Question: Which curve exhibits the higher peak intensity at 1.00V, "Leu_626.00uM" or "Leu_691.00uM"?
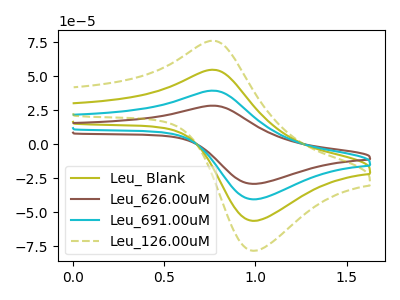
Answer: <think>The olive curve "Leu_ Blank" has an anodic peak at (0.75V, 54.75uA) and a cathodic peak at (1.00V, -56.40uA). The brown curve "Leu_626.00uM" has an anodic peak at (0.75V, 164.20uA) and a cathodic peak at (1.00V, -169.25uA). The cyan curve "Leu_691.00uM" has an anodic peak at (0.75V, 109.45uA) and a cathodic peak at (1.00V, -112.80uA). The olive dashed curve "Leu_126.00uM" has an anodic peak at (0.75V, 76.10uA) and a cathodic peak at (1.00V, -78.40uA).</think>
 <answer>The peak at 1.00V is higher in "Leu_626.00uM" than in "Leu_691.00uM".</answer>
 <eval>higher</eval>